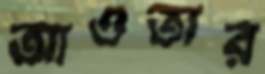
আওতার